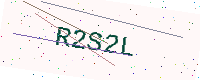
Text: R2S2L